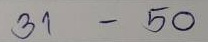
31 - 50